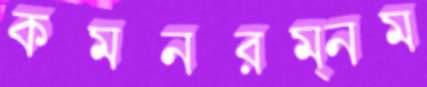
কমনরম্নম